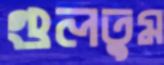
গুলতুম